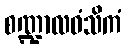
စဏ္ဍာလဝံသိကံ